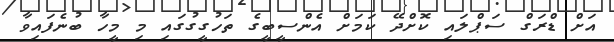
އަށް ޑްރަގް ސަޕްލައި ކޮށްދޭ ކަމަށް އެންސީބީގެ ތަހުގީގުގައި މި މީހާ ބުނެފައިވާ